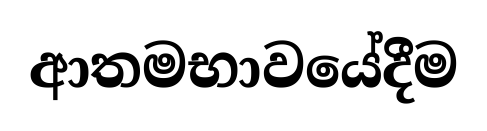
ආතමභාවයේදීම